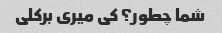
شما چطور؟ کی میری برکلی